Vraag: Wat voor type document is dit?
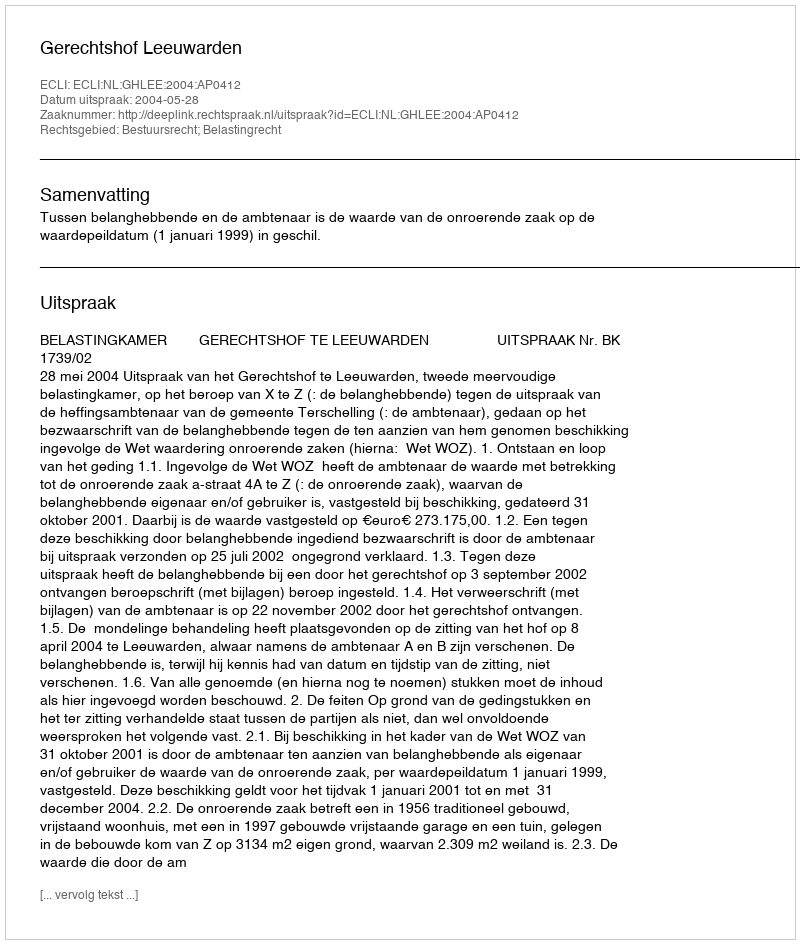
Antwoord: Uitspraak